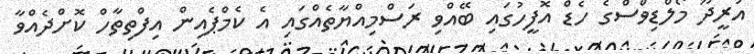
އުރީދޫ މޯލްޑިވްސްގެ ހެޑް އޮފީހުގައި ބޭއްވި ރަސްމިއްޔާތެއްގައި އެ ކެމްޕެއިން އިފްތިތާހް ކޮށްދެއްވާ